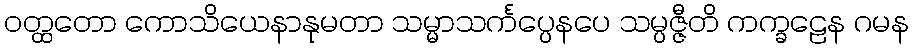
ဝတ္ထတော ကောသိယေနာနုမတာ သမ္မာသင်္ကပ္ပေနပေ သမ္ပဇ္ဇီတိ ကက္ခဠေန ဂမန